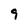
Character: 9